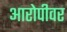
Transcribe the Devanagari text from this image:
आरोपीवर